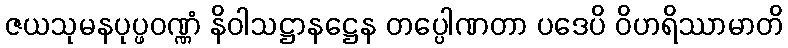
ဇယသုမနပုပ္ဖဝဏ္ဏံ နိဝါသဋ္ဌာနဋ္ဌေန တပ္ပေါဏတာ ပဒေပိ ဝိဟရိဿာမာတိ